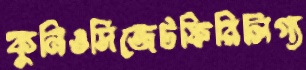
কুনিওসিজেটফিরিলিগ্য